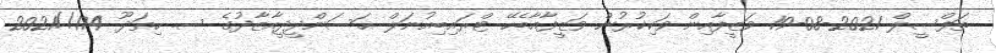
ތަފްސީލް 2021-08-19 ވަޒީފާއިން ވަކިކުރުން ވަޒީފާއާބެހޭ ޓްރައިބިއުނަލް ޙަސަންދީދީއާޒާދުގެ ސ. ހިތަދޫ 174//2021